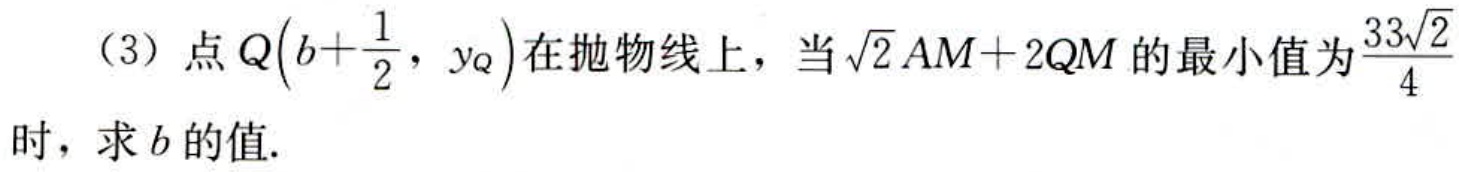
（3）点\(Q\left(b + \dfrac{1}{2},y_{Q}\right)\)在抛物线上，当\(\sqrt{2}AM + 2QM\)的最小值为\(\dfrac{33\sqrt{2}}{4}\)时，求\(b\)的值.